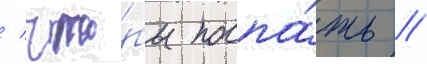
/ что́бы поспа́ть //